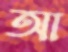
আ